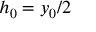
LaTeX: h _ { 0 } = y _ { 0 } / 2